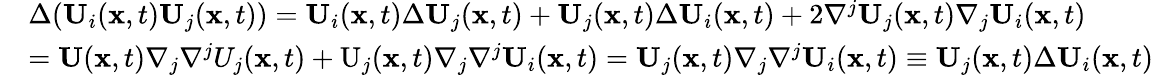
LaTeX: \begin{array}{rl}&{\Delta(\mathbf{U}_{i}(\mathbf{x},t)\mathbf{U}_{j}(\mathbf{x},t))=\mathbf{U}_{i}(\mathbf{x},t)\Delta\mathbf{U}_{j}(\mathbf{x},t)+\mathbf{U}_{j}(\mathbf{x},t)\Delta\mathbf{U}_{i}(\mathbf{x},t)+2\nabla^{j}\mathbf{U}_{j}(\mathbf{x},t)\nabla_{j}\mathbf{U}_{i}(\mathbf{x},t)}\\ &{=\mathbf{U}(\mathbf{x},t)\nabla_{j}\nabla^{j}U_{j}(\mathbf{x},t)+\mathrm{U}_{j}(\mathbf{x},t)\nabla_{j}\nabla^{j}\mathbf{U}_{i}(\mathbf{x},t)=\mathbf{U}_{j}(\mathbf{x},t)\nabla_{j}\nabla^{j}\mathbf{U}_{i}(\mathbf{x},t)\equiv\mathbf{U}_{j}(\mathbf{x},t)\Delta\mathbf{U}_{i}(\mathbf{x},t)}\end{array}